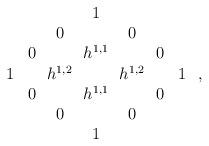
LaTeX: \begin{align*}\begin{array}{c c c c c c c} & & & 1 & & & \\ & & 0\! & & \! 0 & & \\ & 0\! & &h^{1,1} & &\! 0 & \\ 1 & & h^{1,2}\! & & \! h^{1,2}& & 1\\ & 0\! & & h^{1,1} & & \! 0& \\ & & 0\! & &\! 0 & & \\ & & & 1 & & & \end{array}\ ,\end{align*}